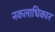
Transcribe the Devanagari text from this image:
नकलाधिकार